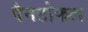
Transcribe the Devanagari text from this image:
पैनटोफल